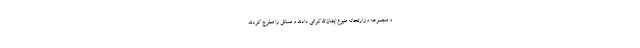
و مجموعه وزارتخانه متبوع ایشان تذکراتی دادند و مسائل را مطرح کردند